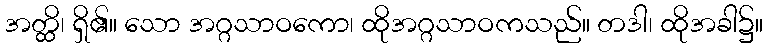
အတ္ထိ၊ ရှိ၏။ သော အဂ္ဂသာဝကော၊ ထိုအဂ္ဂသာဝကသည်။ တဒါ၊ ထိုအခါ၌။